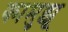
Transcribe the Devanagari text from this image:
कामुझू